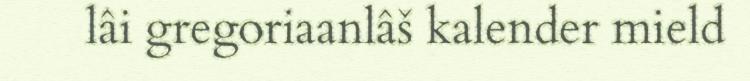
lâi gregoriaanlâš kalender mield